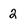
Character: 2